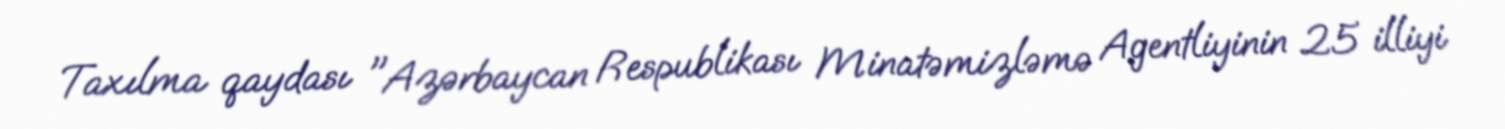
Taxılma qaydası "Azərbaycan Respublikası Minatəmizləmə Agentliyinin 25 illiyi